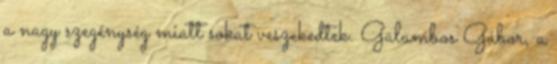
a nagy szegénység miatt sokat veszekedtek. Galambos Gábor, a